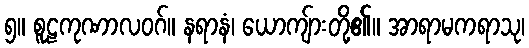
၅။ စူဠကုဏာလဝဂ်။ နရာနံ၊ ယောကျ်ားတို့၏။ အာရာမကရာသု၊